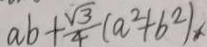
a b + \frac { \sqrt { 3 } } { 4 } ( a ^ { 2 } + b ^ { 2 } ) x